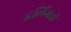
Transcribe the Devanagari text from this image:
ट्वर्लिंगची